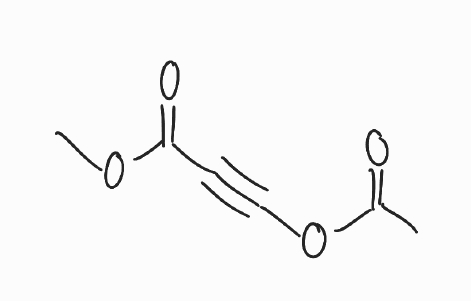
Simplified molecular-input line-entry system (SMILES) notation of the given molecule:
CC(=O)OC#CC(=O)OC